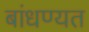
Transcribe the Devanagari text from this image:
बांधण्यत